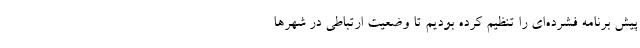
پیش برنامه فشرده‌ای را تنظیم کرده بودیم تا وضعیت ارتباطی در شهرها